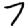
Digit: 7